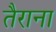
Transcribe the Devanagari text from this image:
तैराना